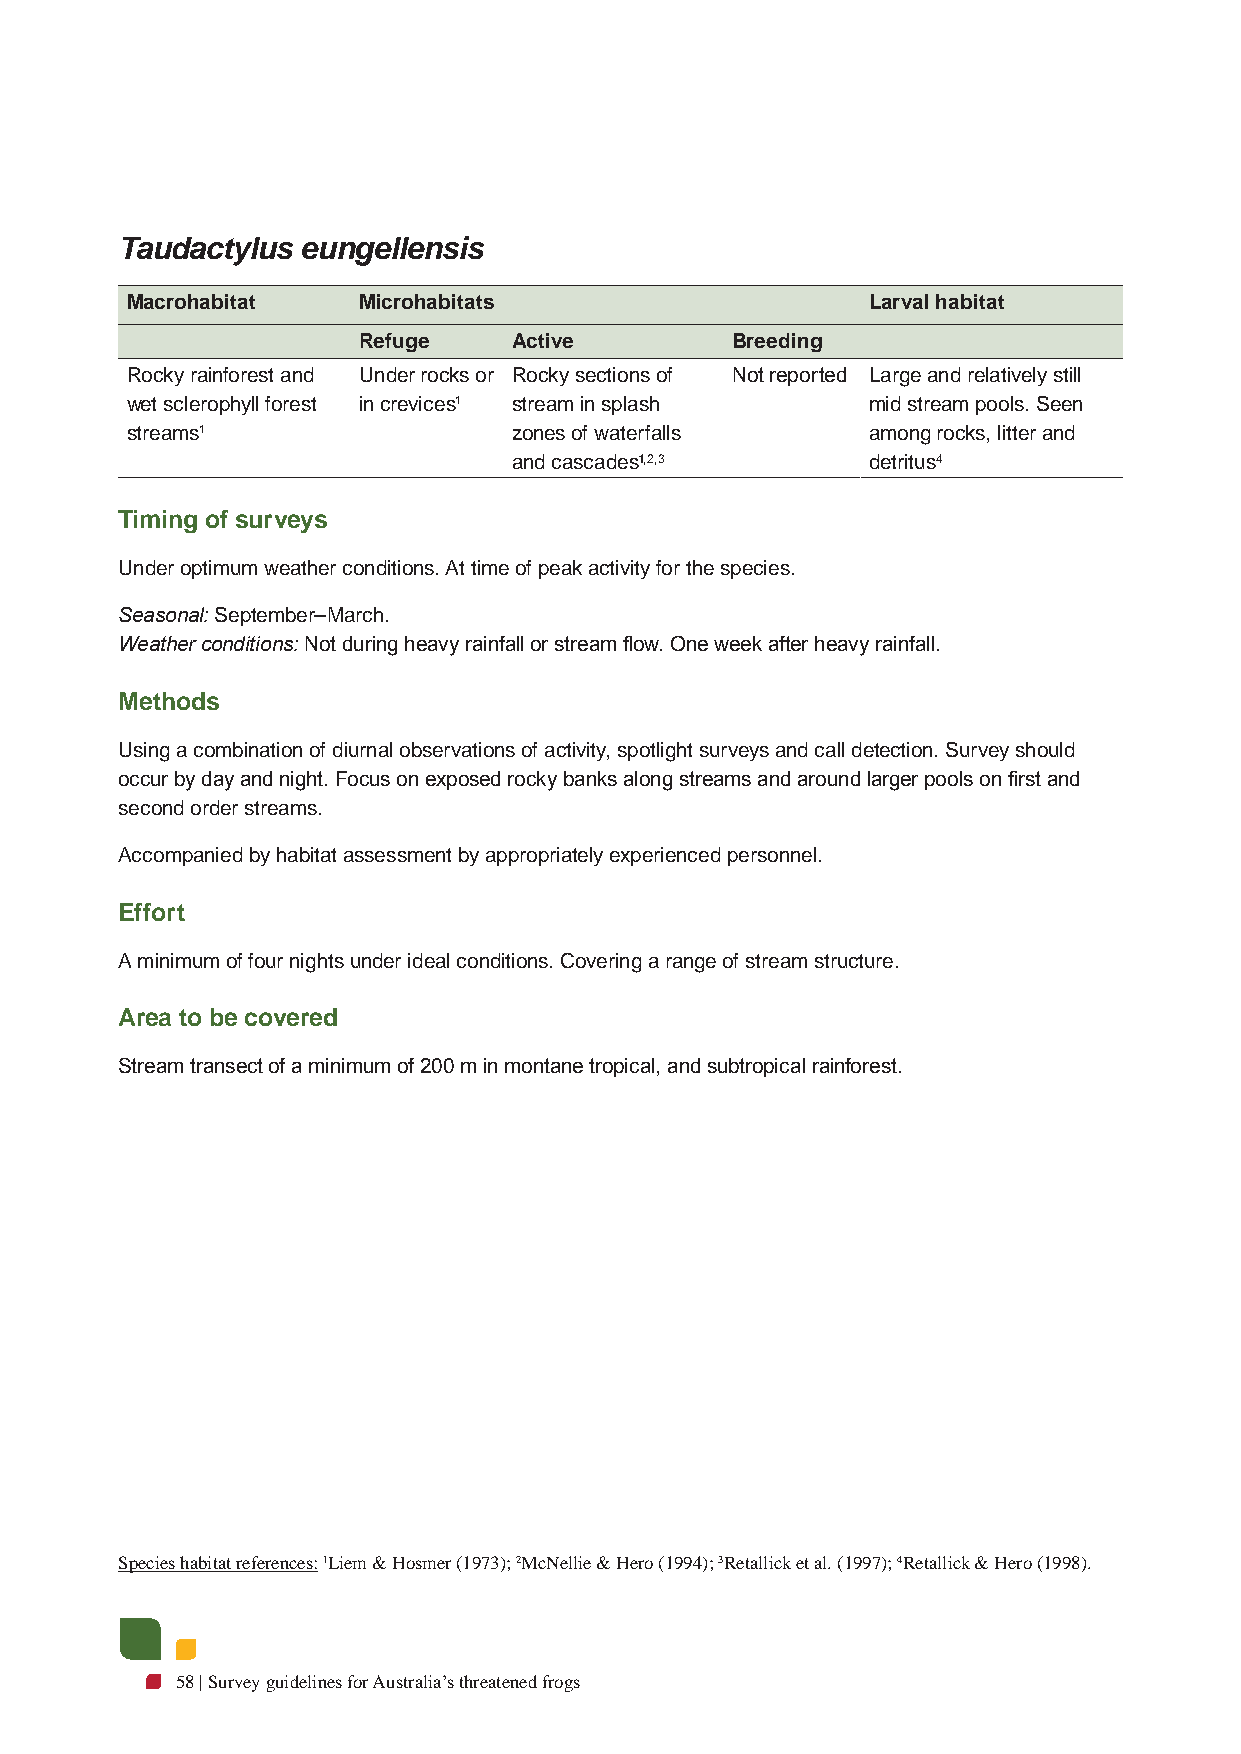
Taudactylus eungellensis
 Macrohabitat    Microhabitats                    Larval habitat
 Refuge    Active        Breeding
 Rocky rainforest and Under rocks or Rocky sections of Not reported Large and relatively still
 wet sclerophyll forest in crevices1 stream in splash mid stream pools. Seen
 streams1                  zones of waterfalls    among rocks, litter and
 and cascades1,2,3      detritus4
 Timing of surveys
 Under optimum weather conditions. At time of peak activity for the species.
 Seasonal: September–March.
 Weather conditions: Not during heavy rainfall or stream flow. One week after heavy rainfall.
 Methods
 Using a combination of diurnal observations of activity, spotlight surveys and call detection. Survey should
 occur by day and night. Focus on exposed rocky banks along streams and around larger pools on first and
 second order streams.
 Accompanied by habitat assessment by appropriately experienced personnel.
 Effort
 A minimum of four nights under ideal conditions. Covering a range of stream structure.
 Area to be covered
 Stream transect of a minimum of 200 m in montane tropical, and subtropical rainforest.
 Species habitat references: 1Liem & Hosmer (1973); 2McNellie & Hero (1994); 3Retallick et al. (1997); 4Retallick & Hero (1998).
 58 | Survey guidelines for Australia’s threatened frogs